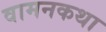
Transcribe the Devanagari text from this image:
वामनकथा